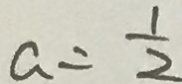
a = \frac { 1 } { 2 }